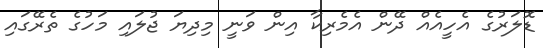
ޑޮލަރުގެ އެހީއެއް ދޭން އެމެރިކާ އިން ވަނީ މިދިޔަ ޖުލައި މަހުގެ ތެރޭގައި